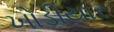
ખોડીયાર